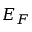
E _ { F }